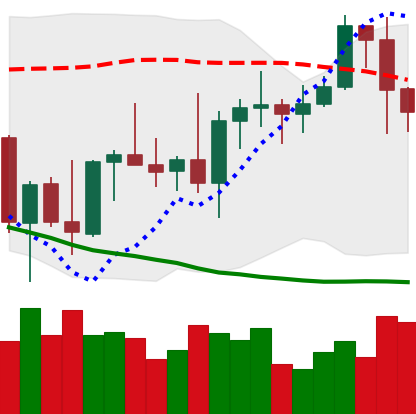
Ticker: BNB-USD
Chart end date: 2022-10-07
Forward return: -4.312%
Label: down_3_5